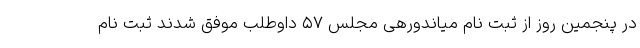
در پنجمین روز از ثبت نام میاندورهی مجلس ۵۷ داوطلب موفق شدند ثبت نام